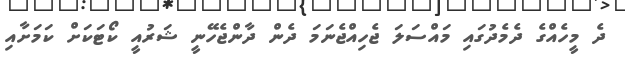
ދެ މީހެއްގެ ދެމެދުގައި މައްސަލަ ޖެހިއްޖެނަމަ ދެން ދާންޖެހޭނީ ޝަރުއީ ކޯޓަކަށް ކަމަށާއި